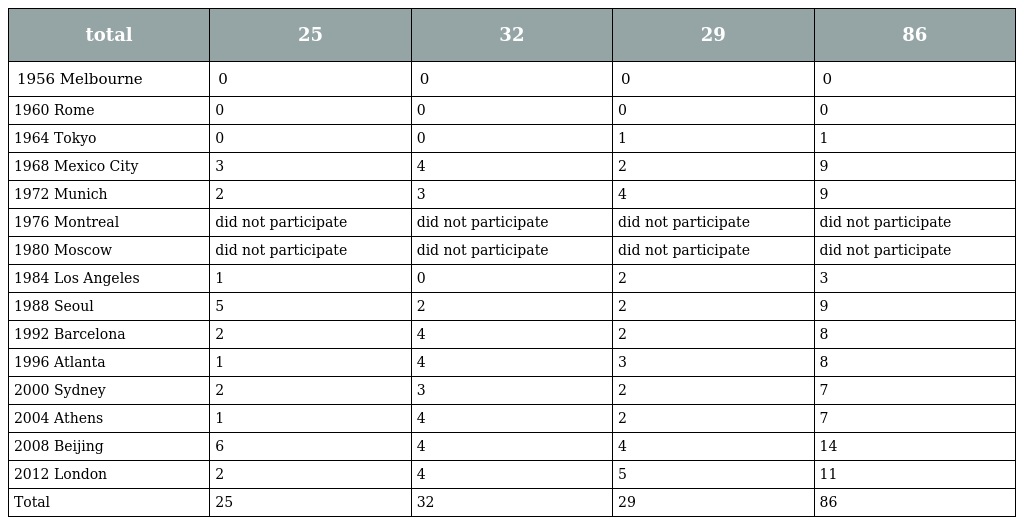
| total | 25 | 32 | 29 | 86 |
 | --- | --- | --- | --- | --- |
 | 1956 Melbourne | 0 | 0 | 0 | 0 |
 | 1960 Rome | 0 | 0 | 0 | 0 |
 | 1964 Tokyo | 0 | 0 | 1 | 1 |
 | 1968 Mexico City | 3 | 4 | 2 | 9 |
 | 1972 Munich | 2 | 3 | 4 | 9 |
 | 1976 Montreal | did not participate | did not participate | did not participate | did not participate |
 | 1980 Moscow | did not participate | did not participate | did not participate | did not participate |
 | 1984 Los Angeles | 1 | 0 | 2 | 3 |
 | 1988 Seoul | 5 | 2 | 2 | 9 |
 | 1992 Barcelona | 2 | 4 | 2 | 8 |
 | 1996 Atlanta | 1 | 4 | 3 | 8 |
 | 2000 Sydney | 2 | 3 | 2 | 7 |
 | 2004 Athens | 1 | 4 | 2 | 7 |
 | 2008 Beijing | 6 | 4 | 4 | 14 |
 | 2012 London | 2 | 4 | 5 | 11 |
 | Total | 25 | 32 | 29 | 86 |